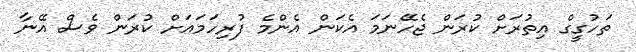
ތަހުގީގް އިތުރަށް ކުރަން ޖެހޭނަމަ އެކަން އެންމެ ފުރިހަމައަށް ކުރަން ވެސް އޭނާ